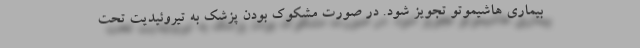
بیماری هاشیموتو تجویز شود. در صورت مشکوک بودن پزشک به تیروئیدیت تحت